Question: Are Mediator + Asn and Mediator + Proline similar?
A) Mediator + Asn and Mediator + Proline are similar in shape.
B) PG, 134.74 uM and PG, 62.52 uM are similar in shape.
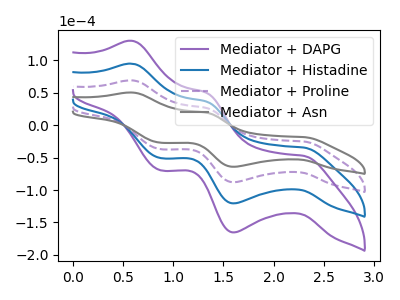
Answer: <think>The purple curve "Mediator + DAPG" has anodic peaks at (0.60V, 207.70uA) (1.35V, 79.90uA) and cathodic peaks at (2.30V, -75.35uA) (1.60V, -263.60uA) (0.85V, -110.80uA). The blue curve "Mediator + Histadine" has anodic peaks at (0.60V, 138.45uA) (1.35V, 53.25uA) and cathodic peaks at (2.30V, -50.20uA) (1.60V, -175.75uA) (0.85V, -73.85uA). The purple dashed curve "Mediator + Proline" has anodic peaks at (0.60V, 69.25uA) (1.35V, 26.65uA) and cathodic peaks at (2.30V, -25.10uA) (1.60V, -87.85uA) (0.85V, -36.95uA). The gray curve "Mediator + Asn" has anodic peaks at (0.60V, 50.50uA) (1.35V, 19.40uA) and cathodic peaks at (2.30V, -18.30uA) (1.60V, -64.05uA) (0.85V, -26.95uA).
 All the peaks in "Mediator + Asn" have a peak in "Mediator + Proline" at the same potential. Every peak in "Mediator + Asn" is lower than every peak in "Mediator + Proline".</think>
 <answer>A) "Mediator + Asn" and "Mediator + Proline" are similar in shape.</answer>
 <eval>A</eval>